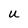
Character: U